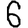
Digit: 6